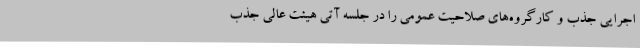
اجرایی جذب و کارگروه‌های صلاحیت عمومی را در جلسه آتی هیئت عالی جذب